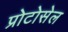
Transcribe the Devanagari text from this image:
प्रोटोसेल